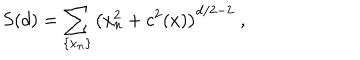
S ( d ) = \sum _ { \{ x _ { n } \} } \left( x _ { n } ^ { 2 } + c ^ { 2 } ( x ) \right) ^ { d / 2 - 2 } \; ,